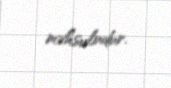
məhsuludur.